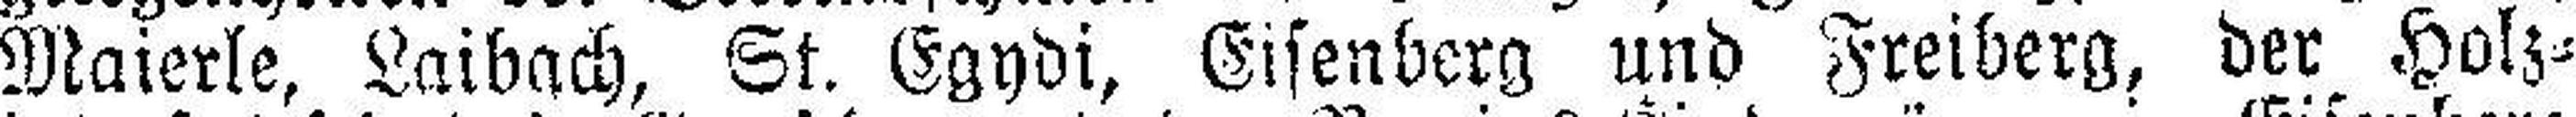
Maierle, Laibach, St. Egydi, Eisenberg und Freiberg, der Holz¬